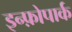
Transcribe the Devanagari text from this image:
इन्फ़ोपार्क